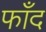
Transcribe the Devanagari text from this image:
फाँद